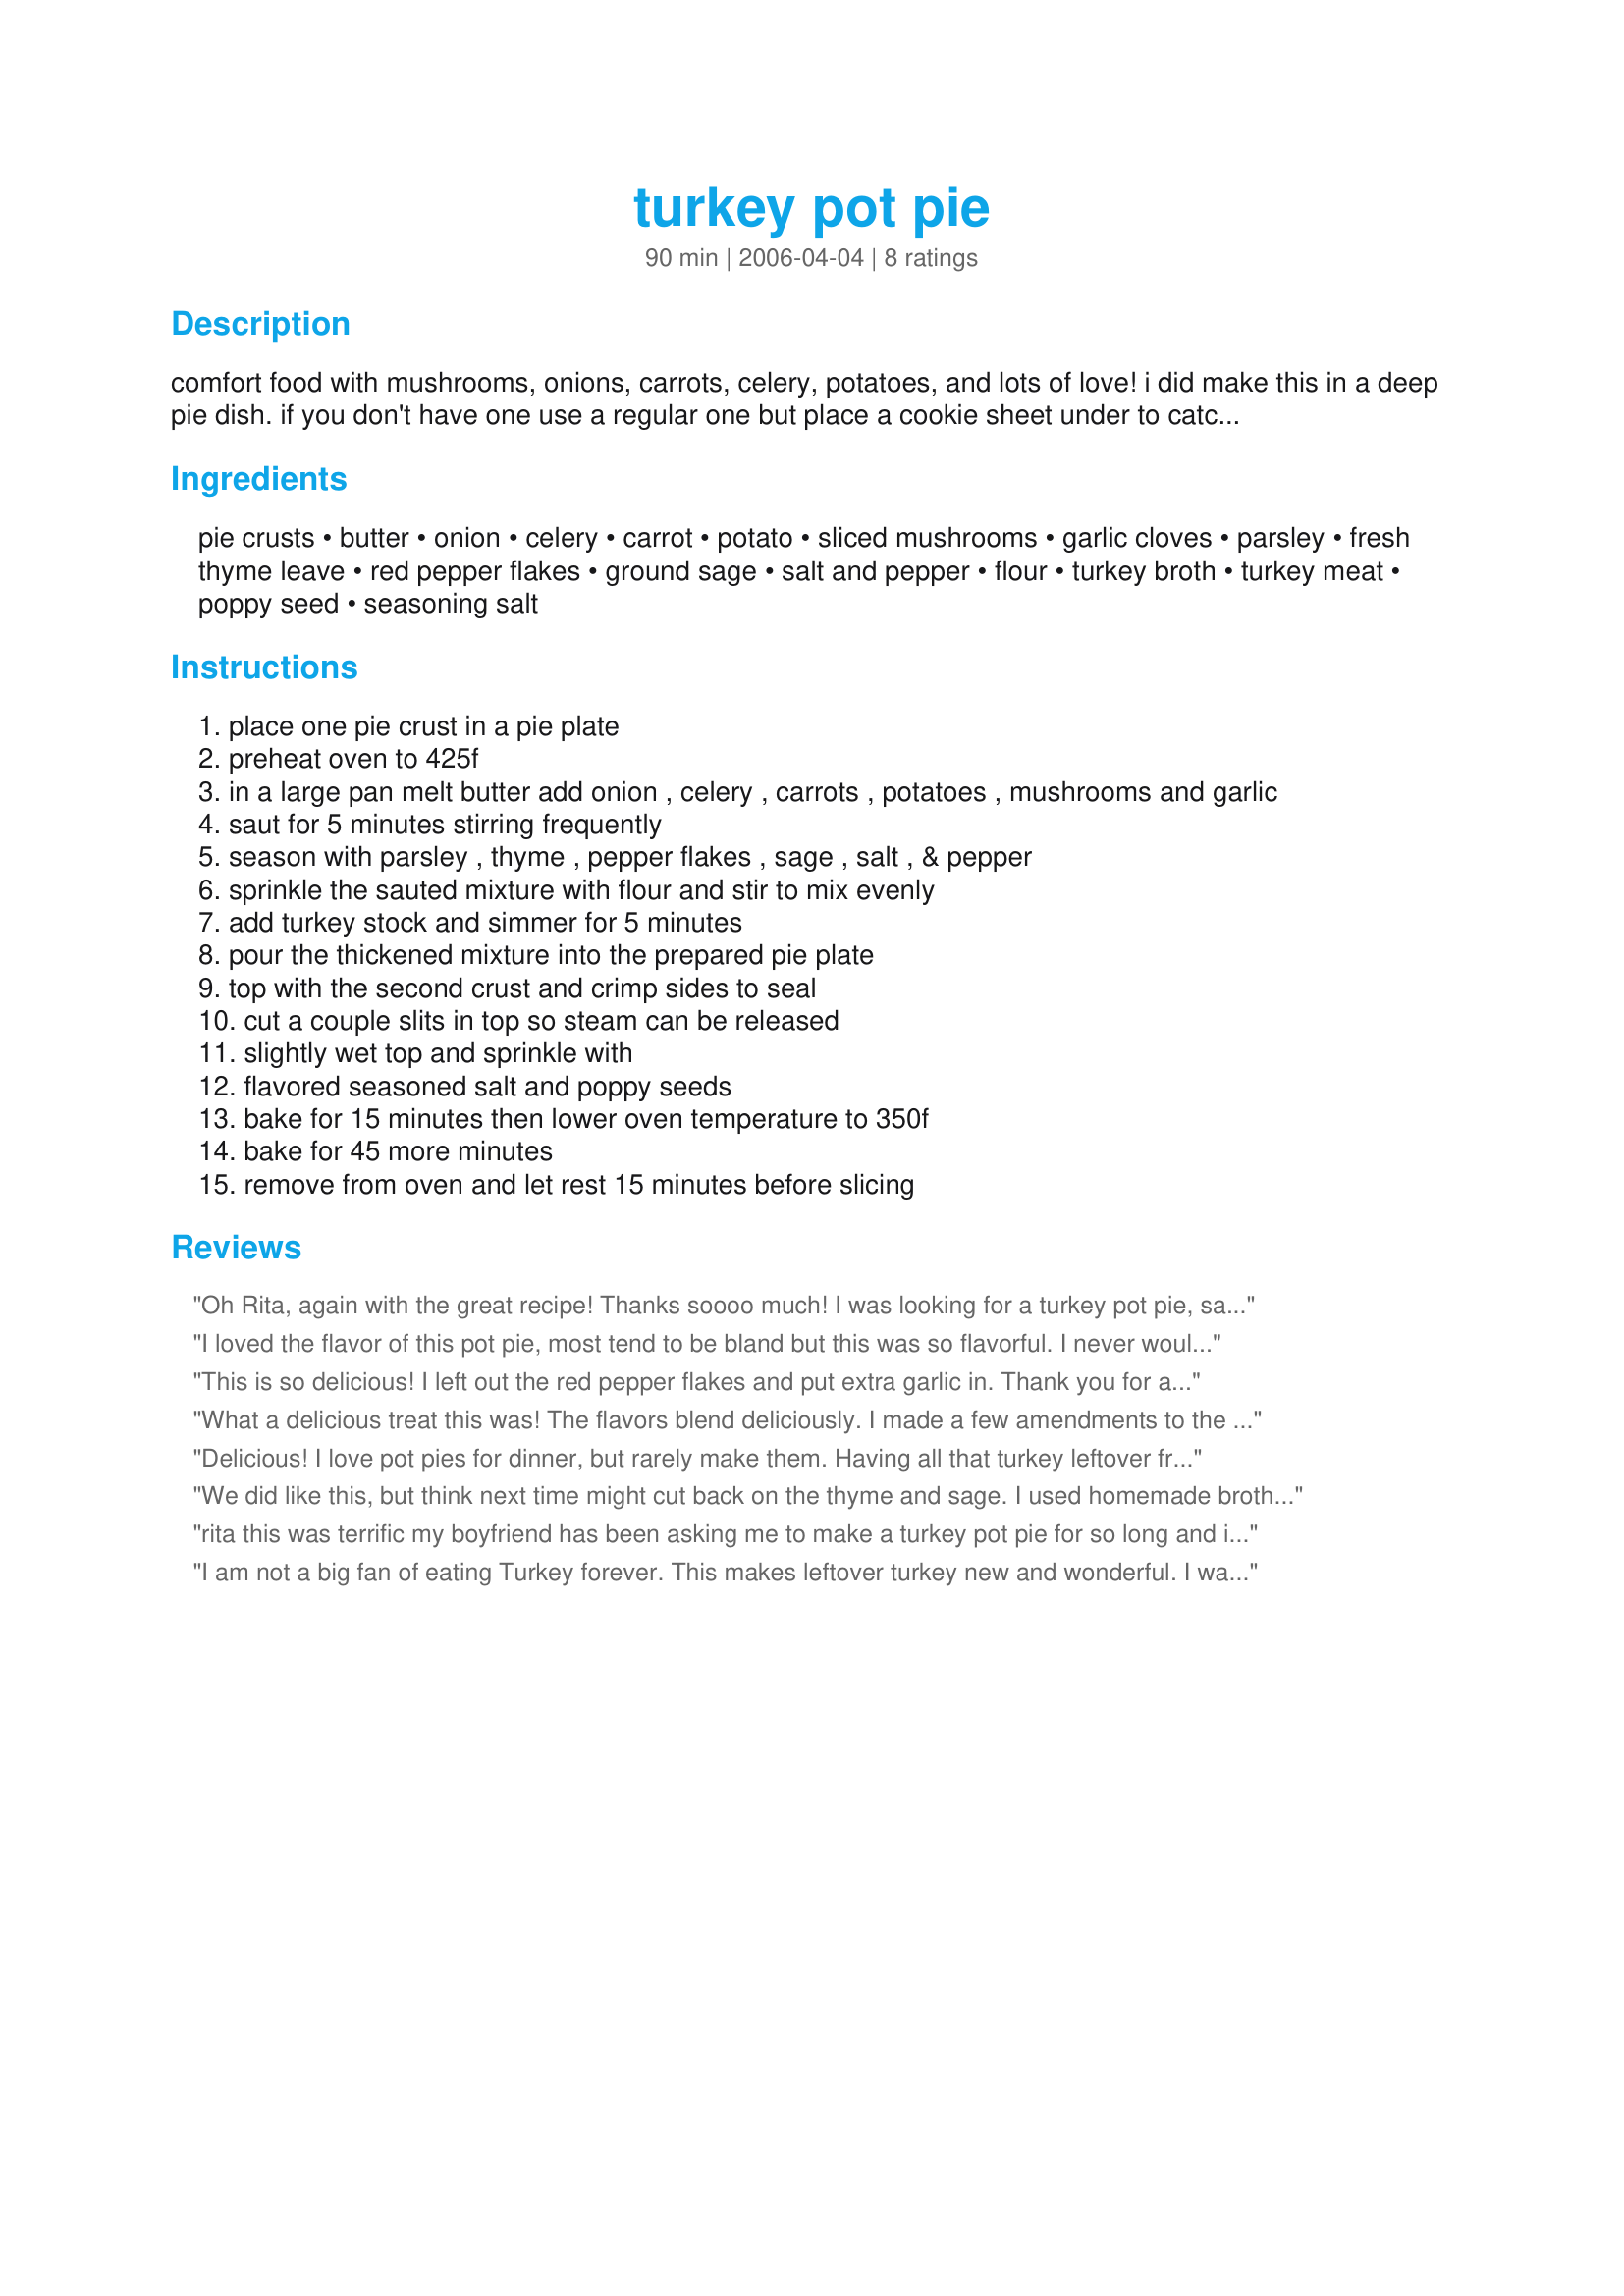
turkey pot pie
Preparation time: 90 minutes

comfort food with mushrooms, onions, carrots, celery, potatoes, and lots of love!
i did make this in a deep pie dish. if you don't have one use a regular one but place a cookie sheet under to catch any drippings while baking.

Ingredients:
pie crusts, butter, onion, celery, carrot, potato, sliced mushrooms, garlic cloves, parsley, fresh thyme leave, red pepper flakes, ground sage, salt and pepper, flour, turkey broth, turkey meat, poppy seed, seasoning salt

Steps:
place one pie crust in a pie plate
preheat oven to 425f
in a large pan melt butter add onion , celery , carrots , potatoes , mushrooms and garlic
saut for 5 minutes stirring frequently
season with parsley , thyme , pepper flakes , sage , salt , & pepper
sprinkle the sauted mixture with flour and stir to mix evenly
add turkey stock and simmer for 5 minutes
pour the thickened mixture into the prepared pie plate
top with the second crust and crimp sides to seal
cut a couple slits in top so steam can be released
slightly wet top and sprinkle with
flavored seasoned salt and poppy seeds
bake for 15 minutes then lower oven temperature to 350f
bake for 45 more minutes
remove from oven and let rest 15 minutes before slicing

Reviews:
Oh Rita, again with the great recipe! Thanks soooo much! I was looking for a turkey pot pie, saw your name and knew this was the one. The only thing I did different was minced a jalapeno pepper in with the onion and garlic. The seasoning was spot on!
I loved the flavor of this pot pie, most tend to be bland but this was so flavorful. I never would have thought to use red pepper flakes and I almost left them out but I'm glad I didn't! I did use chicken and chicken broth(all I had) and I also just used one crust on top which cut calories and cooking time. So yummy! Thanks for posting!
This is so delicious! I left out the red pepper flakes and put extra garlic in. Thank you for a great turkey leftover recipe!
What a delicious treat this was! The flavors blend deliciously. I made a few amendments to the recipe. i used a prepared roll-out 9" pie crust for the bottom, and substituted with a can of prepared reduced fat croissant rolls for the top crust, and smeared it with butter on top. I skipped the celery, used 1 1/2 cups diced potatoes, 14 oz chicken stock/2oz heavy cream instead of 2 c turkey broth, and used freshly cooked smoked turkey breast chunks. I used the exact ingredients listed otherwise, and followed Rita's directions for cooking. 
I will be making this pot pie recipe from now on. Absolutely divine.
Delicious! I love pot pies for dinner, but rarely make them. Having all that turkey leftover from Thanksgiving is just the motivation I needed, and this recipe was my answer. I didn't have mushrooms, so just omitted them. I used chicken broth instead of turkey broth, and dried herbs instead of fresh. We loved it. I used recipe #339607 for my crust. Thanks, Rita!
We did like this, but think next time might cut back on the thyme and sage. I used homemade broth, so it already had a lot of seasoning in it, that may have been it. But I sure don't like to change recipes around the first time I try them, unless it is to leave out an ingredient that the family really does not like at all, and I don't feel like it will effect the recipe. Thank you for a great way to use up those leftovers after Thanksgiving. Loved the fact that I got some use from the broth I made and the leftover turkey.
rita this was terrific my boyfriend has been asking me to make a turkey pot pie for so long and i have tried and enjoyed your recipes so i tried it and he loved it thanks.I also used chicken broth and put parsnips and baby peas in with all the rest .so easy thanks again.
I am not a big fan of eating Turkey forever. This makes leftover turkey new and wonderful. I was especially excited that this recipe did not have milk as an ingredient. I left out the red pepper and poppy seeds and it still came out delicious. My 6 year old wanted to know if we could eat this every night. Thank you for posting.
